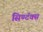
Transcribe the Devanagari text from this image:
सिण्टॅक्स